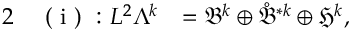
\begin{array} { r l r } { { 2 } } & { { } \mathrm { ~ ( ~ i ~ ) ~ : ~ } L ^ { 2 } \Lambda ^ { k } } & { = \mathfrak { B } ^ { k } \oplus \mathring { \mathfrak { B } } ^ { \ast k } \oplus \mathfrak { H } ^ { k } , } \end{array}